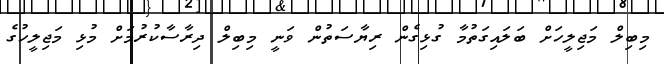
މިބިލް މަޖިލީހަށް ބަލައިގަތުމާ ގުޅިގެން ރިޔާސަތުން ވަނީ މިބިލް ދިރާސާކުރުމަށް މުޅި މަޖިލީހުގެ